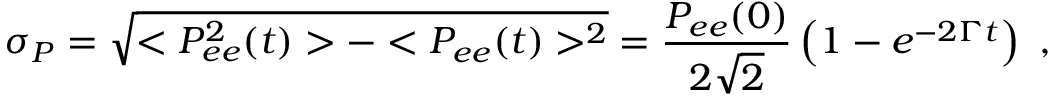
\sigma _ { P } = \sqrt { < P _ { e e } ^ { 2 } ( t ) > - < P _ { e e } ( t ) > ^ { 2 } } = \frac { P _ { e e } ( 0 ) } { 2 \sqrt 2 } \left( 1 - e ^ { - 2 \Gamma t } \right) ~ ,